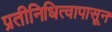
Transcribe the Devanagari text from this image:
प्रतीनिधित्वापासून